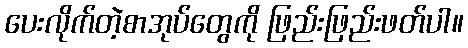
ပေးလိုက်တဲ့စာအုပ်တွေကို ဖြည်းဖြည်းဖတ်ပါ။